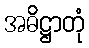
အဓိဋ္ဌာတုံ